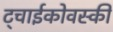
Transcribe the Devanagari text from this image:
ट्चाईकोवस्की